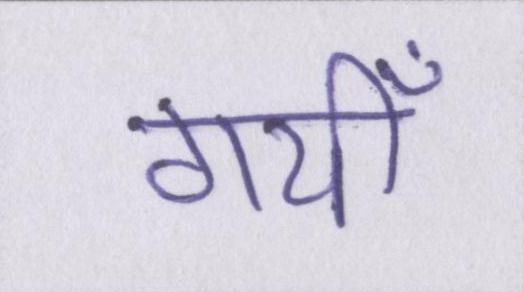
गयीँ